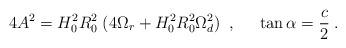
LaTeX: \begin{align*}4 A^2 = H_0^2 R_0^2 \; (4 \Omega_r + H_0^2 R_0^2 \Omega_d^2) \; \; , \; \; \; \; \; \tan \alpha = \frac{c}{2} \; .\end{align*}